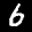
Label: 6